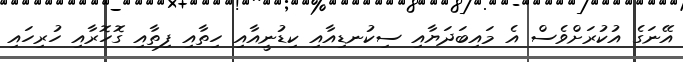
އޭނަގެ އުކުރަށްވެސް އެ މައިބަދަޔާއި ސިކުނޑިއާއި ކިޑުނީއާއި ހިތާއި ފިތާއި ގޮހޮރާއި ހުރިހައި